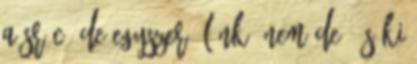
a srác. De egyszer élünk, nem de? És ki